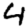
Digit: 4